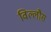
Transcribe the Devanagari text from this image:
विल्लौस